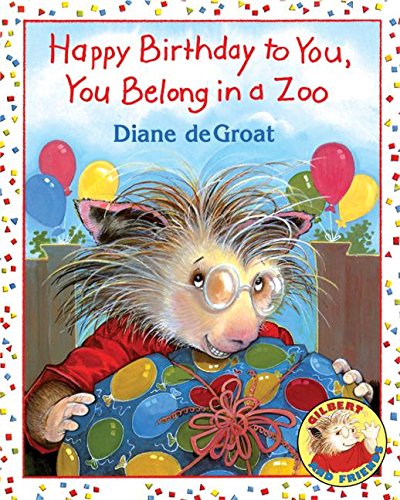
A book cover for Happy Birthday to You, You Belong in a Zoo (Gilbert and Friends); Diane deGroat; Children's Books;